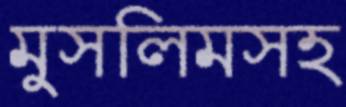
মুসলিমসহ